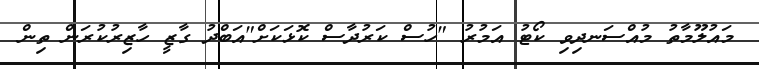
މައުލޫމާތު މުއްސަނދިވި ކޯޓު އަމުރު "ހުސް ކަރުދާސް ކޮޅަކަށް"އަބްދު ގާޒީ ހާޒިރުކުރަން ތިން